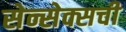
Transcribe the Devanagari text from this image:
सेन्सेक्सची